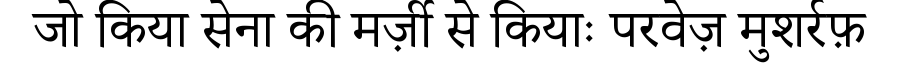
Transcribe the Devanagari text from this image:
जो किया सेना की मर्ज़ी से कियाः परवेज़ मुशर्रफ़